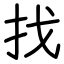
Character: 找